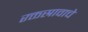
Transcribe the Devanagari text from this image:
रक्तस्रावाचे